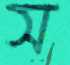
স